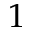
1